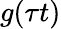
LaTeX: g(\tau t)